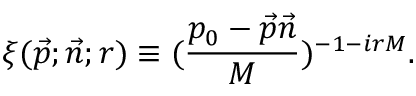
\xi ( \vec { p } ; \vec { n } ; r ) \equiv ( \frac { p _ { 0 } - \vec { p } \vec { n } } { M } ) ^ { - 1 - i r M } .